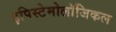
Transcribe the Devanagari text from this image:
इपिस्टेमोलॉजिकल